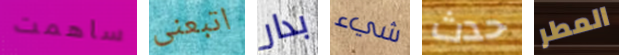
ساهمت اتبعنى بدار شيء حدث المطر